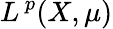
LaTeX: L^{\, p}(X,\mu)